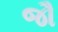
જૌ